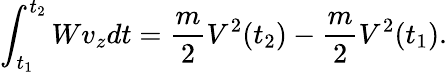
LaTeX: \int_{t_{1}}^{t_{2}}Wv_{z}dt={\frac{m}{2}}V^{2}(t_{2})-{\frac{m}{2}}V^{2}(t_{1}).